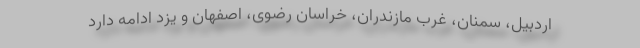
اردبیل، سمنان، غرب مازندران، خراسان رضوی، اصفهان و یزد ادامه دارد